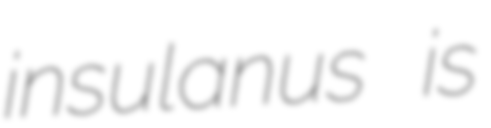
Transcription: insulanus is